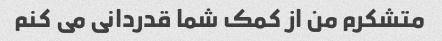
متشکرم من از کمک شما قدردانی می کنم